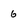
Character: 6